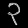
Digit: ၃